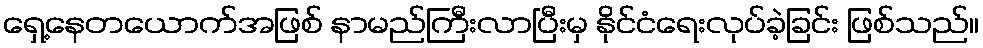
ရှေ့နေတယောက်အဖြစ် နာမည်ကြီးလာပြီးမှ နိုင်ငံရေးလုပ်ခဲ့ခြင်း ဖြစ်သည်။